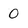
Character: 0